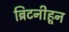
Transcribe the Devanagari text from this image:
ब्रिटनीहून